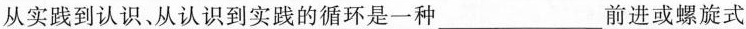
从实践到认识、从认识到实践的循环是一种___前进或螺旋式